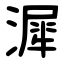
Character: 漽